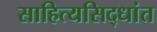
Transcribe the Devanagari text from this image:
साहित्यसिद्धांत